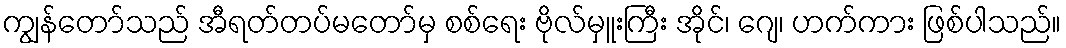
ကျွန်တော်သည် အီရတ်တပ်မတော်မှ စစ်ရေး ဗိုလ်မှူးကြီး အိုင်၊ ဂျေ၊ ဟက်ကား ဖြစ်ပါသည်။